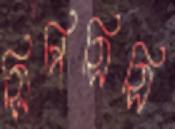
সিপিসিসি